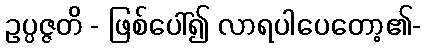
ဥပ္ပဇ္ဇတိ - ဖြစ်ပေါ်၍ လာရပါပေတော့၏-